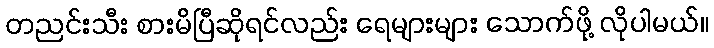
တညင်းသီး စားမိပြီဆိုရင်လည်း ရေများများ သောက်ဖို့ လိုပါမယ်။